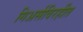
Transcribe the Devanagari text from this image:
गिअर्सविरहीत